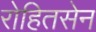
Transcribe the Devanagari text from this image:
रोहितसेन